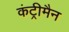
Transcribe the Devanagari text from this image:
कंट्रीमैन